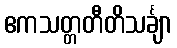
ဧကသတ္တတီတိသင်္ချာ